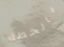
بالخطة